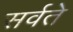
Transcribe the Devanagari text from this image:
सर्वते